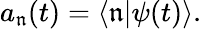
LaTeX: a_{\mathfrak{n}}(t)=\langle\mathfrak{n}|\psi(t)\rangle.